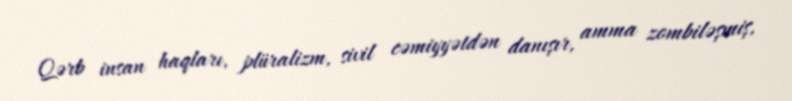
Qərb insan haqları, plüralizm, sivil cəmiyyətdən danışır, amma zombiləşmiş,